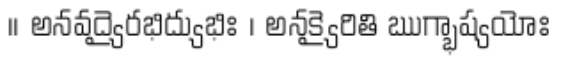
।। అనవద్యైరభిద్యుభిః । అనక్యైరితి ఋగ్భాష్యయోః